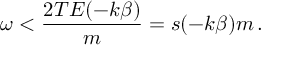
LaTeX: \omega < \frac { 2 T E ( - k \beta ) } { m } = s ( - k \beta ) m \, .